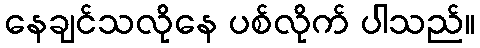
နေချင်သလိုနေ ပစ်လိုက် ပါသည်။